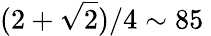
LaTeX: (2+\sqrt{2})/4\sim 85\